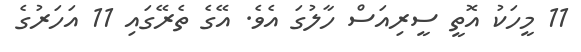
11 މީހަކު އޮތީ ސީރިއަސް ހާލުގަ އެވެ. އޭގެ ތެރޭގައި 11 އަހަރުގެ